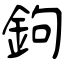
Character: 鉤